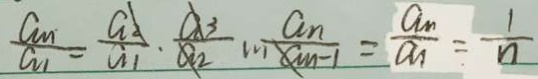
\frac { a _ { n } } { a _ { 1 } } = \frac { a _ { n } } { a _ { 1 } } \cdot \frac { a _ { 3 } } { a _ { 2 } } m \frac { a _ { n } } { a _ { n } - 1 } = \frac { a _ { n } } { a _ { n } } = \frac { 1 } { n }